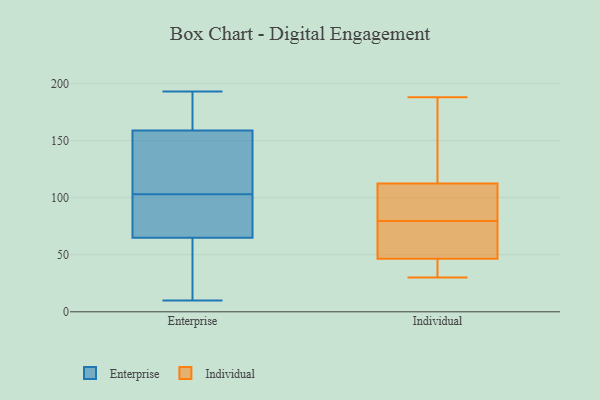
{"axis": {"x": "Budget (USD K)", "y": "Value"}, "legend": ["Enterprise", "Individual"], "data": [{"x": "", "y": 10, "type": "Enterprise"}, {"x": "", "y": 156, "type": "Enterprise"}, {"x": "", "y": 144, "type": "Enterprise"}, {"x": "", "y": 103, "type": "Enterprise"}, {"x": "", "y": 172, "type": "Enterprise"}, {"x": "", "y": 160, "type": "Enterprise"}, {"x": "", "y": 19, "type": "Enterprise"}, {"x": "", "y": 137, "type": "Enterprise"}, {"x": "", "y": 64, "type": "Enterprise"}, {"x": "", "y": 83, "type": "Enterprise"}, {"x": "", "y": 68, "type": "Enterprise"}, {"x": "", "y": 193, "type": "Enterprise"}, {"x": "", "y": 169, "type": "Enterprise"}, {"x": "", "y": 170, "type": "Enterprise"}, {"x": "", "y": 98, "type": "Enterprise"}, {"x": "", "y": 96, "type": "Enterprise"}, {"x": "", "y": 64, "type": "Enterprise"}, {"x": "", "y": 61, "type": "Enterprise"}, {"x": "", "y": 129, "type": "Enterprise"}, {"x": "", "y": 60, "type": "Individual"}, {"x": "", "y": 31, "type": "Individual"}, {"x": "", "y": 33, "type": "Individual"}, {"x": "", "y": 71, "type": "Individual"}, {"x": "", "y": 108, "type": "Individual"}, {"x": "", "y": 188, "type": "Individual"}, {"x": "", "y": 104, "type": "Individual"}, {"x": "", "y": 66, "type": "Individual"}, {"x": "", "y": 117, "type": "Individual"}, {"x": "", "y": 88, "type": "Individual"}, {"x": "", "y": 30, "type": "Individual"}, {"x": "", "y": 118, "type": "Individual"}]}